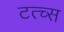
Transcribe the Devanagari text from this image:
टत्च्स